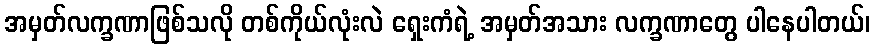
အမှတ်လက္ခဏာဖြစ်သလို တစ်ကိုယ်လုံးလဲ ရှေးကံရဲ့ အမှတ်အသား လက္ခဏာတွေ ပါနေပါတယ်၊